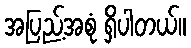
အပြည့်အစုံ ရှိပါတယ်။